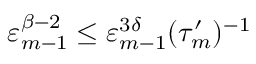
\varepsilon _ { m - 1 } ^ { \beta - 2 } \leq \varepsilon _ { m - 1 } ^ { 3 \delta } ( \tau _ { m } ^ { \prime } ) ^ { - 1 }